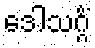
ဒေါသဂ္ဂိံ